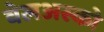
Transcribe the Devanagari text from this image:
वेलअस्को